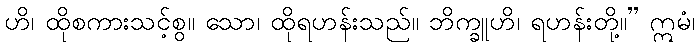
ဟိ၊ ထိုစကားသင့်စွ။ သော၊ ထိုရဟန်းသည်။ ဘိက္ခူဟိ၊ ရဟန်းတို့။” ဣမံ၊